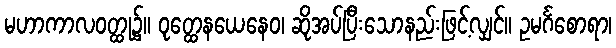
မဟာကာလဝတ္ထု၌။ ဝုတ္ထေနယေနေဝ၊ ဆိုအပ်ပြီးသောနည်းဖြင့်လျှင်။ ဥမင်္ဂစောရာ၊